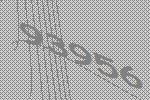
93956